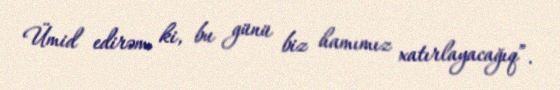
Ümid edirəm ki, bu günü biz hamımız xatırlayacağıq”.